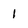
Character: 1